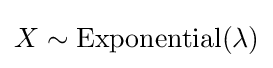
X\sim {\textrm {Exponential}}(\lambda )